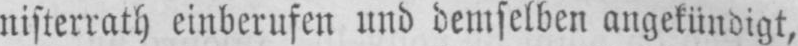
nisterrath einberufen und demselben angekündigt,